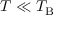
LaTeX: T \ll T _ { \mathrm { B } }